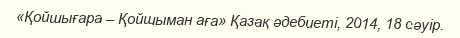
«Қойшығара – Қойшыман аға» Қазақ әдебиеті, 2014, 18 сәуір.